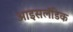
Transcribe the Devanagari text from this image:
आइसलॅंडिक